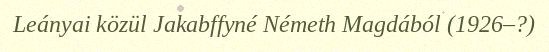
Leányai közül Jakabffyné Németh Magdából (1926–?)